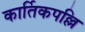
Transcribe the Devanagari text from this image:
कार्तिकपल्लि